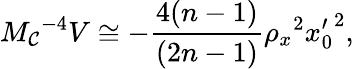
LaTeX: M_{\mathcal{C}}{}^{-4}V\cong-\frac{{4(n-1)}}{{(2n-1)}}\rho_{x}{}^{2}{x_{0}^{\prime}}^{2},